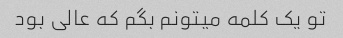
تو یک کلمه میتونم بگم که عالی بود